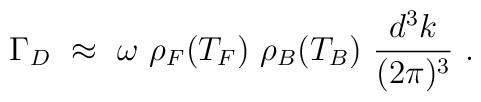
\Gamma_D~\approx~\omega~\rho_F(T_F)~\rho_B(T_B)~\frac{d^3k}{(2\pi)^3}~ .